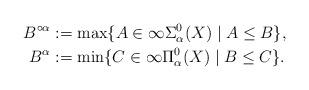
LaTeX: \begin{align*}B^{\circ\alpha} &:= \max \{A \in \infty\Sigma^0_\alpha(X) \mid A \le B\}, \\\-B^\alpha &:= \min \{C \in \infty\Pi^0_\alpha(X) \mid B \le C\}.\end{align*}